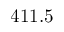
4 1 1 . 5